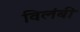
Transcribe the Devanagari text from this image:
विलंबी